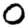
Digit: 0